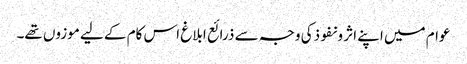
عوام میں اپنے اثر و نفوذکی وجہ سے ذرائع ابلاغ اس کام کے لیے موزوں تھے۔